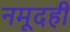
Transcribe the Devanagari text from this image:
नमूदही